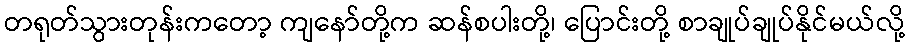
တရုတ်သွားတုန်းကတော့ ကျနော်တို့က ဆန်စပါးတို့၊ ပြောင်းတို့ စာချုပ်ချုပ်နိုင်မယ်လို့